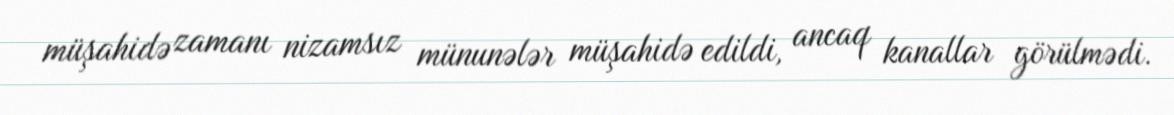
müşahidə zamanı nizamsız münunələr müşahidə edildi, ancaq kanallar görülmədi.